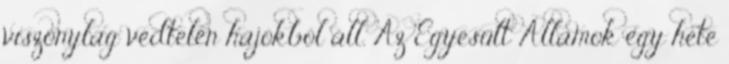
viszonylag védtelen hajókból áll. Az Egyesült Államok egy hete